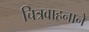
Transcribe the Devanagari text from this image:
चित्रवाहनाने